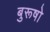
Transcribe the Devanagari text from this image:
बुरूषो